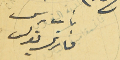
نائب ريس فارس بولس